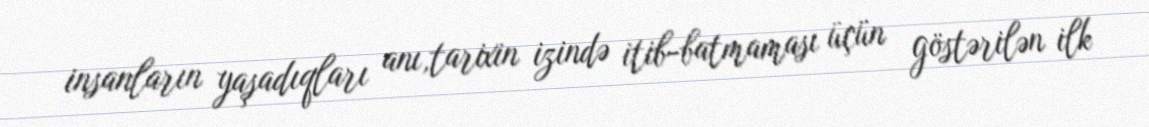
insanların yaşadıqları anı,tarixin izində itib-batmaması üçün göstərilən ilk